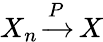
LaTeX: \displaystyle X_{n}\, {\xrightarrow{P}}\, X